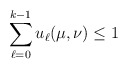
\begin{align*}\sum_{\ell=0}^{k-1} u_\ell(\mu,\nu)\leq 1 \end{align*}